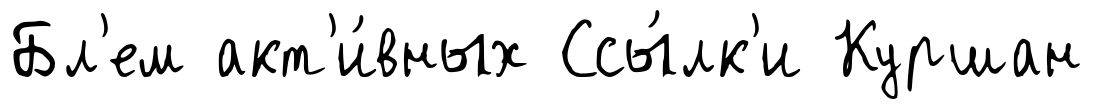
Бл'ем акт'и́вных Ссы́лк'и Куршан